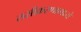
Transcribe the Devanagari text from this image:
लसीकरणामध्ये